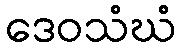
ဒေဝသံဃံ